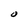
Character: O